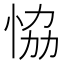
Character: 恊